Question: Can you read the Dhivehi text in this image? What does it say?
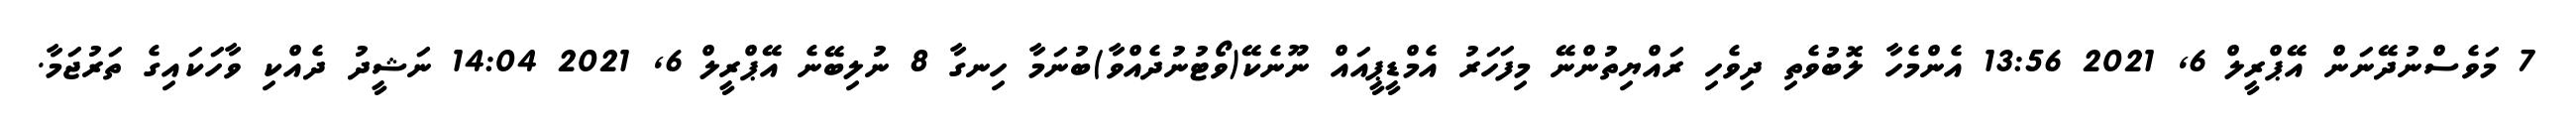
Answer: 7 މަވެސްނުދޭނަން އޭޕްރީލް 6, 2021 13:56 އެންމެހާ ލޮބުވެތި ދިވެހި ރައްޔިތުންނޭ މިފަހަރު އެމްޑީޕީއައް ނޫނެކޭ(ވޯޓުނުދެއްވާ)ބުނަމާ ހިނގާ 8 ނުލިބޭނެ އޭޕްރީލް 6, 2021 14:04 ނަޝީދު ދެއްކި ވާހަކައިގެ ތަރުޖަމާ.